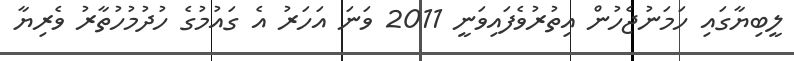
ލީބިޔާގައި ހަމަނުޖެހުން އިތުރުވެފައިވަނީ 2011 ވަނަ އަހަރު އެ ގައުމުގެ ހުދުމުހުތާރު ވެރިޔާ